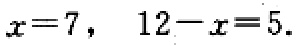
$x = 7, \ 12 - x = 5.$